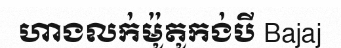
ហាងលក់ម៉ូតូកង់បី Bajaj